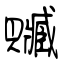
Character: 贓